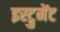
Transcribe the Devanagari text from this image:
इस्ट्रुमेंट